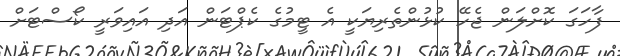
ފާހަގަ ކޮށްލަން ޖެހޭ ކުޅުންތެރިޔަކީ އެ ޓީމުގެ ކެޕްޓަން އަދި އައިވަރީ ކޯސްޓަށް